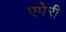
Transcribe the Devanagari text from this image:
एपेरी